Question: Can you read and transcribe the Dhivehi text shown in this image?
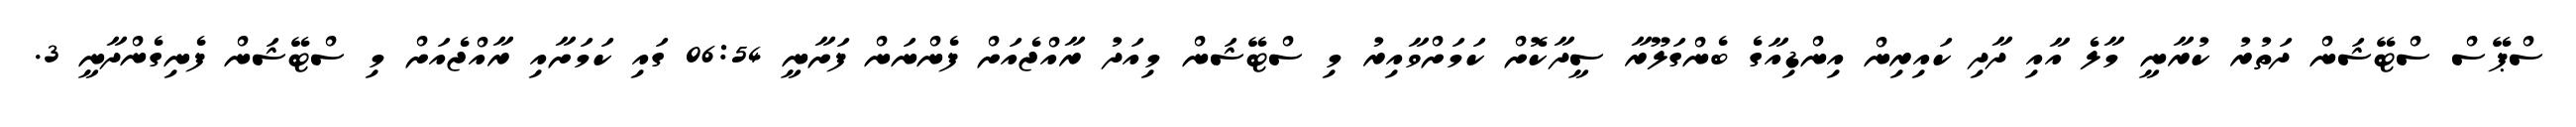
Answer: ސްޕޭސް ސްޓޭޝަން ދަތުރު ކުރާނީ މާލެ އާއި ދާދި ކައިރިން އިންޑިއާގެ ބެންގަލޫރާ ސީދާކޮށް ކަމަށްވާއިރު މި ސްޓޭޝަން މިއަދު ރާއްޖެއަށް ފެންނަން ފަށާނީ 06:54 ގައި ކަމަށާއި ރާއްޖެއަށް މި ސްޓޭޝަން ފެނިގެންދާނީ 3.